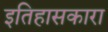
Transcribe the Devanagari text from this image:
इतिहासकारा